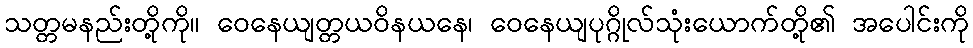
သတ္တမနည်းတို့ကို။ ဝေနေယျတ္တယဝိနယနေ၊ ဝေနေယျပုဂ္ဂိုလ်သုံးယောက်တို့၏ အပေါင်းကို